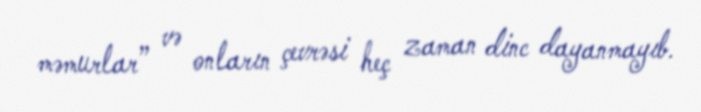
məmurlar” və onların çevrəsi heç zaman dinc dayanmayıb.